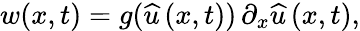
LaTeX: w(x,t)=g(\widehat{u}\left(x,t\right))\, \partial_{x}\widehat{u}\left(x,t\right),